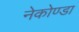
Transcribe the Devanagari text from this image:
नेकोण्डा